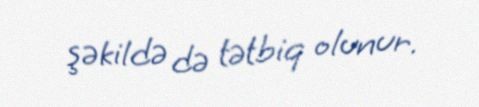
şəkildə də tətbiq olunur.